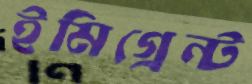
ইমিগ্রেন্ট